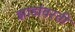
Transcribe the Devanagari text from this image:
झाडांवरती